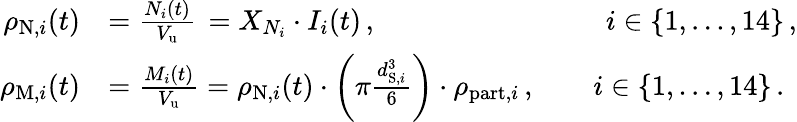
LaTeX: \begin{array}{rl}{\rho_{\mathrm{N},i}(t)}&{=\frac{N_{i}(t)}{V_{\mathrm{u}}}\, =X_{N_{i}}\cdot I_{i}(t)\, ,\phantom{\rho_{\mathrm{N},i}(t)\cdot\rho_{\mathrm{part},i}\cdot}\qquad i\in\{ 1,\dots,14\} \, ,}\\ {\rho_{\mathrm{M},i}(t)}&{=\frac{M_{i}(t)}{V_{\mathrm{u}}}=\rho_{\mathrm{N},i}(t)\cdot\left(\pi\frac{d_{\mathrm{S},i}^{3}}{6}\right)\cdot\rho_{\mathrm{part},i}\, ,\qquad i\in\{ 1,\dots,14\} \, .}\end{array}